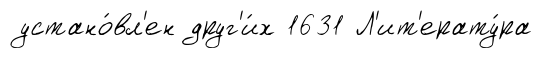
устано́вл'ен друг'и́х 1631 Л'ит'ерату́ра